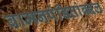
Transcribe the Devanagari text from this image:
वामनपंडितांबद्दल